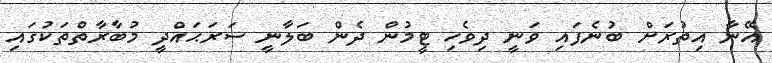
އޭނާ އިތުރަށް ބުނެފައި ވަނީ ދިވެހި ޓީމުން ދެން ބަލާނީ ސަރަޙައްދީ މުބާރާތްތަކުގައި